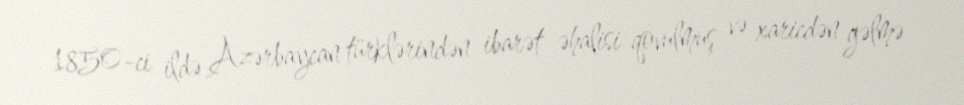
1850-ci ildə Azərbaycan türklərindən ibarət əhalisi qovulmuş və xaricdən gəlmə